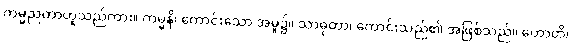
ကမ္မညတာဟူသည်ကား။ ကမ္မနိ၊ ကောင်းသော အမူ၌။ သာဓုတာ၊ ကောင်းသည်၏ အဖြစ်သည်။ ဟောတိ၊